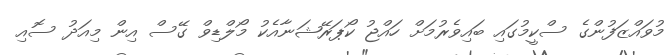
މުވައްޒަފުންގެ ސްކީމުގައި ބައިވެރުމަށް ހައްޖު ކޯޕަރޭޝަނާއެކު މޯލްޑިވް ގޭސް އިން މިއަދު ސޮއި